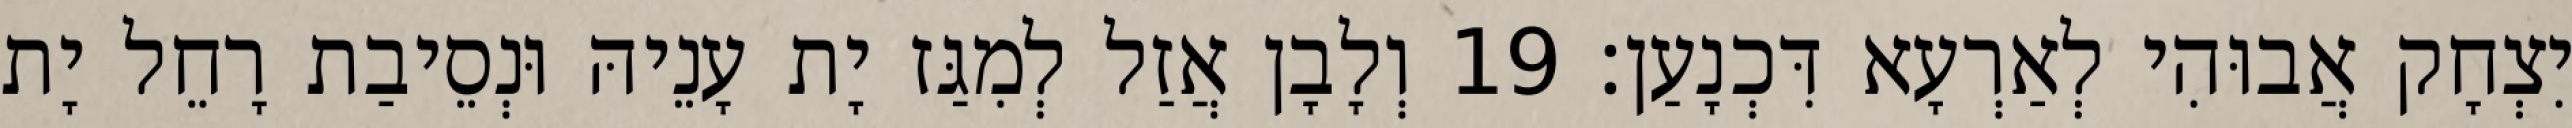
יִצְחָק אֲבוּהִי לְאַרְעָא דִּכְנָעַן׃ 19 וְלָבָן אֲזַל לְמִגַּז יָת עָנֵיהּ וּנְסֵיבַת רָחֵל יָת